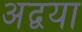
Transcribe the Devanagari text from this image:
अद्वया